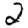
Digit: 2